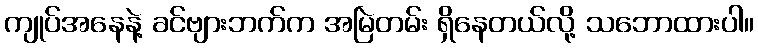
ကျုပ်အနေနဲ့ ခင်ဗျားဘက်က အမြဲတမ်း ရှိနေတယ်လို့ သဘောထားပါ။